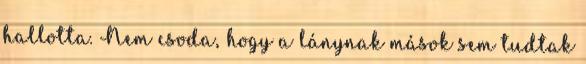
hallotta. Nem csoda, hogy a lánynak mások sem tudtak